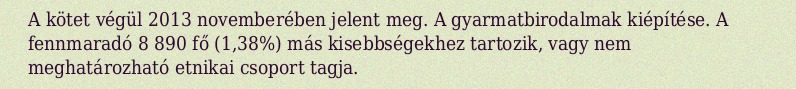
A kötet végül 2013 novemberében jelent meg. A gyarmatbirodalmak kiépítése. A fennmaradó 8 890 fő (1,38%) más kisebbségekhez tartozik, vagy nem meghatározható etnikai csoport tagja.